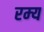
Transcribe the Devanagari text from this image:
रम्‍य